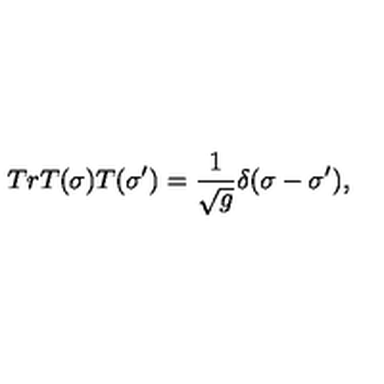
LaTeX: T r T ( \sigma ) T ( \sigma ^ { \prime } ) = \frac { 1 } { \sqrt g } \delta ( \sigma - \sigma ^ { \prime } ) ,